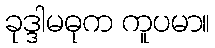
ခုဒ္ဒါမဓုက ကူပမာ။